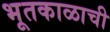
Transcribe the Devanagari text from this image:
भूतकाळाची